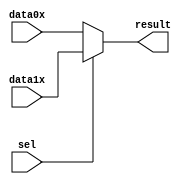
module mux2to1_2bit (
	data0x,
	data1x,
	sel,
	result);

	input	[1:0]  data0x;
	input	[1:0]  data1x;
	input	  sel;
	output	[1:0]  result;

	assign result = sel ? data1x : data0x;

endmodule